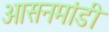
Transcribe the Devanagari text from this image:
आसनमांडी